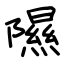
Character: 隰